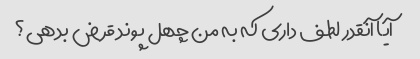
آیا آنقدر لطف داری که به من چهل پوند قرض بدهی؟